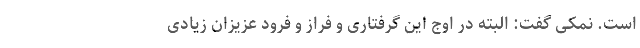
است. نمکی گفت: البته در اوج این گرفتاری و فراز و فرود عزیزان زیادی